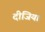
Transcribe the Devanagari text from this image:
दीजिय।